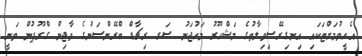
އެހީވުމަށްޓަކައި އިނގިރޭސިވިލާތުގެ މަޝްހޫރު މަހުޖަނު ސަރ ރިޗާޑް ބްރޭންސަންގެ ވާޖިން ގްރޫޕުން ވަނީ